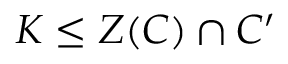
K \leq Z ( C ) \cap C ^ { \prime }